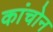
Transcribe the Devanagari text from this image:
कांचोन